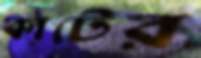
কাটের